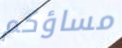
مساؤكم